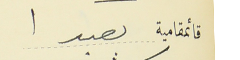
قائمقامية بعبدا